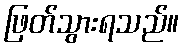
ဖြတ်သွားရသည်။